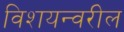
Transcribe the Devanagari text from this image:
विशयन्वरील